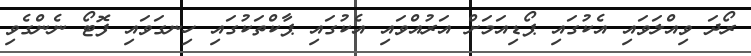
ރޯދަ ވިއްލަވައި އެކުގައި ޕޯޑިއަމަށް އަރުއްވައި އެކުގައި ޕާކްތަކުގައި ހިނގަވައި ފޮޓޯ ނެންގެވި